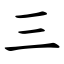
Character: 三